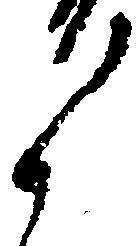
候